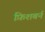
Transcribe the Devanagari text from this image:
फ़िशबर्न